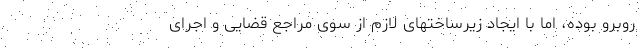
روبرو بوده، اما با ایجاد زیرساختهای لازم از سوی مراجع قضایی و اجرای